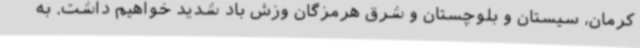
کرمان، سیستان و بلوچستان و شرق هرمزگان وزش باد شدید خواهیم داشت. به